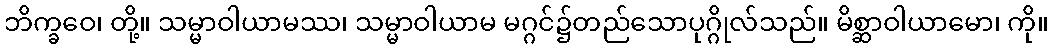
ဘိက္ခဝေ၊ တို့။ သမ္မာဝါယာမဿ၊ သမ္မာဝါယာမ မဂ္ဂင်၌တည်သောပုဂ္ဂိုလ်သည်။ မိစ္ဆာဝါယာမော၊ ကို။